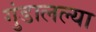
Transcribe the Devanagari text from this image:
गुंडालल्या